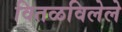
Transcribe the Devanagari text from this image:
वितळविलेले